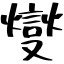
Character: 燮